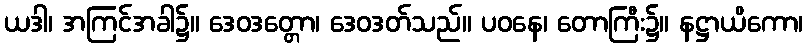
ယဒါ၊ အကြင်အခါ၌။ ဒေဝဒတ္တော၊ ဒေဝဒတ်သည်။ ပဝနေ၊ တောကြီး၌။ နဋ္ဌာယိကော၊